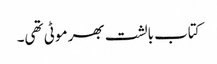
کتاب بالشت بھر موٹی تھی۔